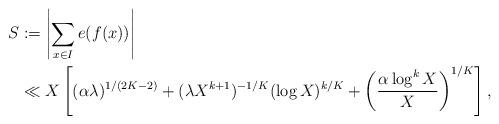
LaTeX: \begin{align*}S &:= \left| \sum_{x \in I} e(f(x))\right| \\ & \ll X \left[(\alpha \lambda)^{1/(2K-2)} + (\lambda X^{k+1})^{-1/K} (\log X)^{k/K} + \left(\frac{\alpha \log^k X}{X}\right)^{1/K} \right],\end{align*}